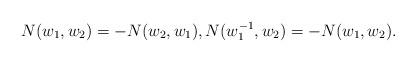
LaTeX: \begin{align*}N(w_1,w_2)=-N(w_2,w_1),N(w^{-1}_1,w_2)=-N(w_1,w_2).\end{align*}